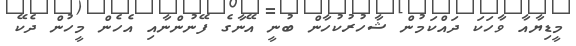
މީޑިޔާއާ ވާހަކަ ދައްކަމުން ޝާހުރުކުހާން ބުނީ އޭނާގެ ފޭނުންނާއި އެހެން މީހުން ދެކޭ